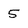
Character: 5